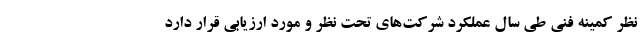
نظر کمینه فنی طی سال عملکرد شرکت‌های تحت نظر و مورد ارزیابی قرار دارد